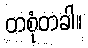
တစုံတခါ။